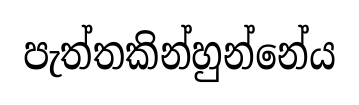
පැත්තකින්හුන්නේය